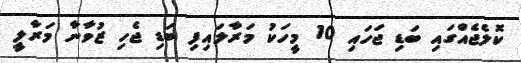
ކޮލެޖެއްގައި ބަޑި ޖަހައި 10 މީހަކު މަރާލައިފި ބަޑި ޖެހި ޒުވާނާ މަރާލީ